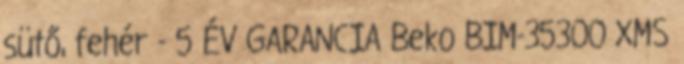
sütő, fehér - 5 ÉV GARANCIA Beko BIM-35300 XMS